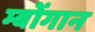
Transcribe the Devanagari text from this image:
म्बोंगान